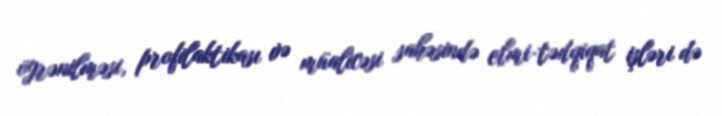
öyrənilməsi, profilaktikası və müalicəsi sahəsində elmi-tədqiqat işləri də